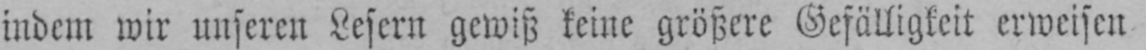
indem wir unseren Lesern gewiß keine größere Gefälligkeit erweisen